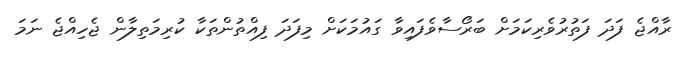
ރާއްޖެ ފަދަ ފަތުރުވެރިކަމަށް ބަރޯސާވެފައިވާ ގައުމަކަށް މިފަދަ ފިއްތުންތަކާ ކުރިމަތިލާން ޖެހިއްޖެ ނަމަ